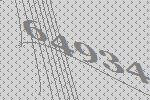
64934